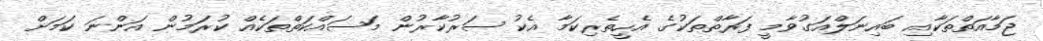
ޖަމާއަތްތަކާއި ބައިނަލްއަގުވާމީ ފަރާތްތަކުގެ އެހީތެރިކަމާ އެކު ސަރުކާރުން މަސައްކަތްތަކެއް ކުރަމުން އަންނަ ކަމަށް